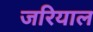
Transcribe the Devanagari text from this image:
जरियाल